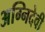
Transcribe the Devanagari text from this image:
अग्निदेवी